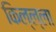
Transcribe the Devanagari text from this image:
किल्ल्ला